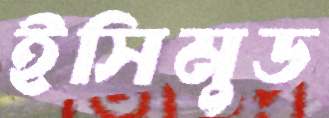
ইসিমুড